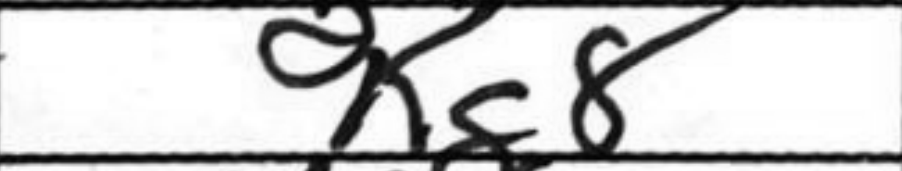
Transcription: Kg8